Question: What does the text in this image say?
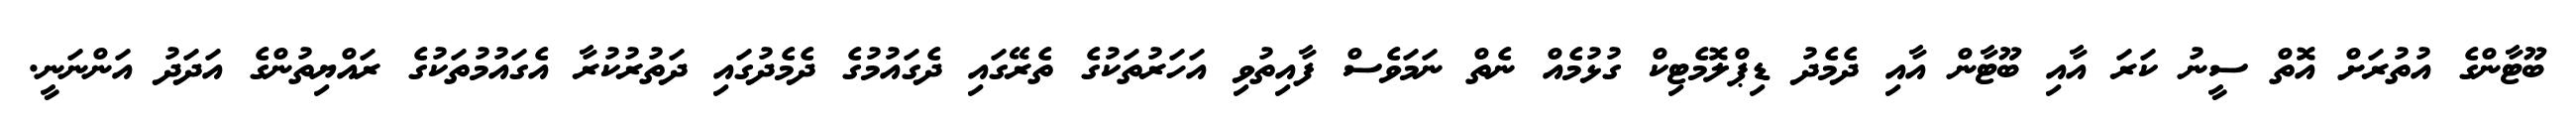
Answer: ބޫޓާންގެ އުތުރަށް އޮތް ސީނު ކަރަ އާއި ބޫޓާން އާއި ދެމެދު ޑިޕްލޮމެޓިކް ގުޅުމެއް ނެތް ނަމަވެސް ފާއިތުވި އަހަރުތަކުގެ ތެރޭގައި ދެގައުމުގެ ދެމެދުގައި ދަތުރުކުރާ އެގައުމުތަކުގެ ރައްޔިތުންގެ އަދަދު އަންނަނީ.